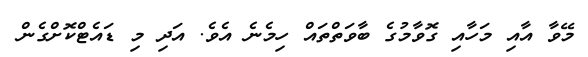
މޭވާ އާއި މަހާއި ގޮވާމުގެ ބާވަތްތައް ހިމެނެ އެވެ. އަދި މި ޑައެޓްކޮށްގެން